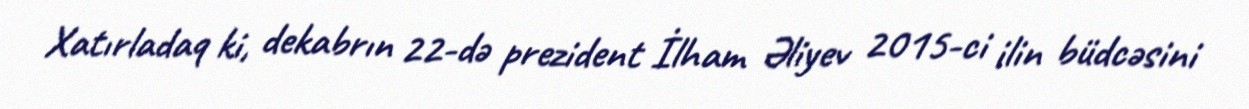
Xatırladaq ki, dekabrın 22-də prezident İlham Əliyev 2015-ci ilin büdcəsini